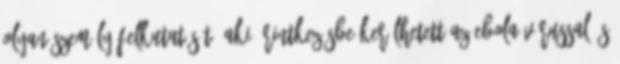
olyan személy felkutatását, aki érintkezésbe kerülhetett az Ebola-vírussal, s